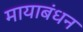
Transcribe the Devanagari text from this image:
मायाबंधन